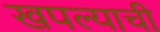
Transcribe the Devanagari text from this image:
खपल्याची